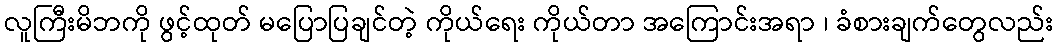
လူကြီးမိဘကို ဖွင့်ထုတ် မပြောပြချင်တဲ့ ကိုယ်ရေး ကိုယ်တာ အကြောင်းအရာ ၊ ခံစားချက်တွေလည်း